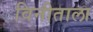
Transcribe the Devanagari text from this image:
विनीताला